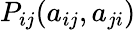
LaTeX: P_{ij}(a_{ij},a_{ji})